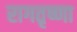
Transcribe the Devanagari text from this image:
रागतृष्णा